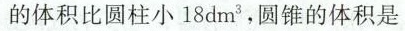
的体积比圆柱小18dm^{3} ，圆锥的体积是